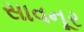
સાવનૂર